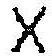
X